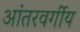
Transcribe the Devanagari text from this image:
आंतरवर्गीय